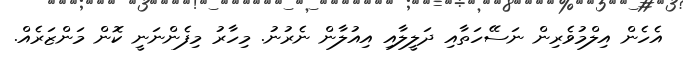
އެހެން އިލްމުވެރިން ނަސޭހަތާއި ދަލީލާއި އިއުލާން ނެރުނު. މިހާރު މިފެންނަނީ ކޮން މަންޒަރެއް.